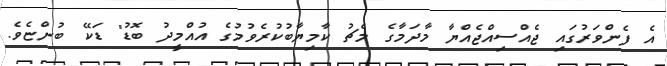
އެ ފެންވަރުގައި ޖެއްސިއްޖެއްޔާ މާދަމާގެ މެޗު ކާމިޔާބުކުރެވުމުގެ އުއްމީދު ބޮޑު" ޑަކޭ ބުންޏެވެ.